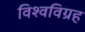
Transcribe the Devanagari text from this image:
विश्वविग्रह